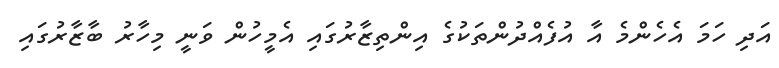
އަދި ހަމަ އެހެންމެ އާ އުފެއްދުންތަކުގެ އިންތިޒާރުގައި އެމީހުން ވަނީ މިހާރު ބާޒާރުގައި